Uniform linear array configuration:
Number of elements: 64
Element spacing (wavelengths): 0.75
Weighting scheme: binomial
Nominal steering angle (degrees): -45
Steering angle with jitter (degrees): -44.433
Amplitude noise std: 0.05
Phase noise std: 0.05

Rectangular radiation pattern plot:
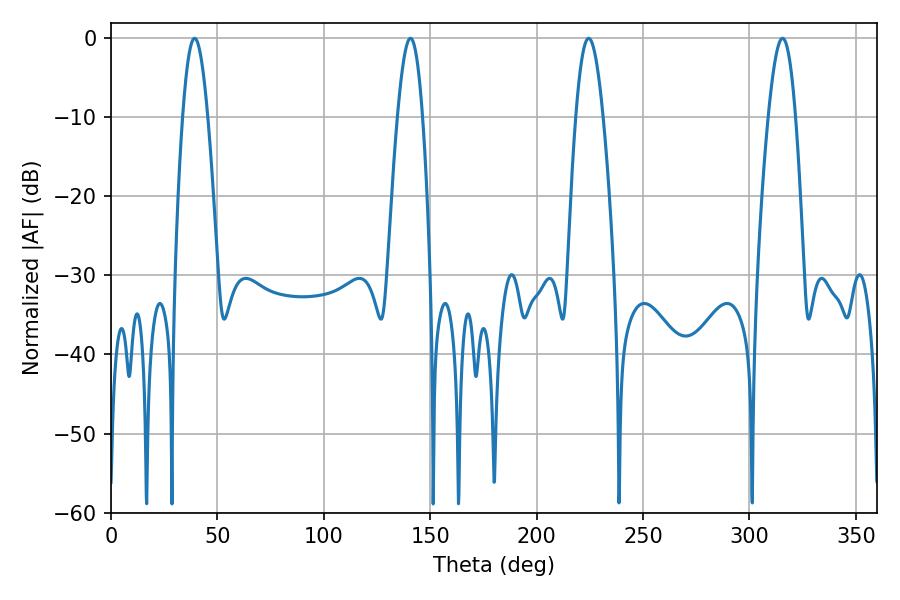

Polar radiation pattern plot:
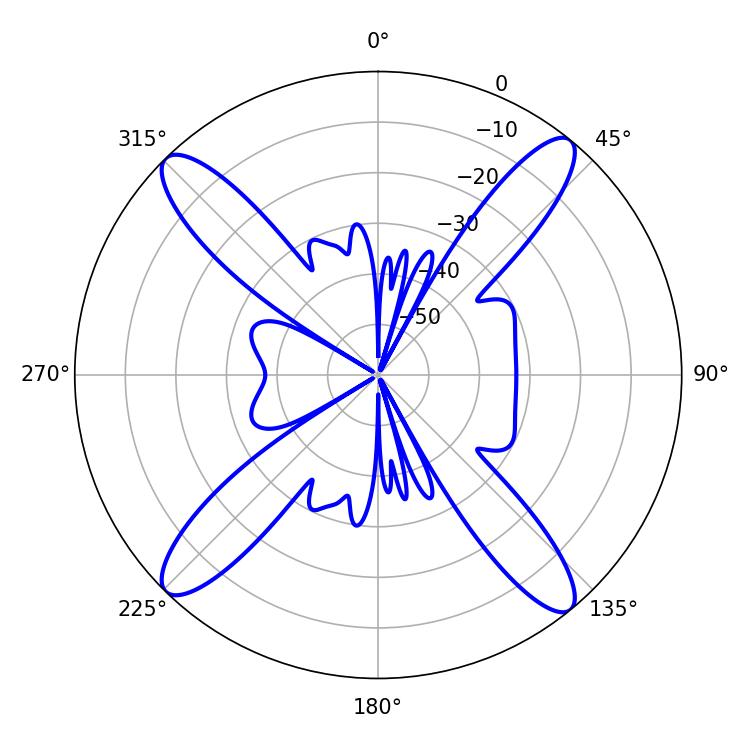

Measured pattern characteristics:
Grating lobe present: TRUE
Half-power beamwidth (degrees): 7.02
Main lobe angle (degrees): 224.46